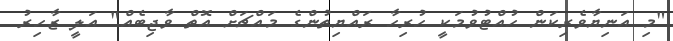
"މި އަނިޔާވެރިކަން ހުއްޓުވުމަކީ ހުރިހާ ރައްޔިތުންގެ މައްޗަށް އޮތް ވާޖިބެއް" އަލީ ޒާހިރު